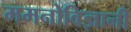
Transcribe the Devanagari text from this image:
ममनोविज्ञानी